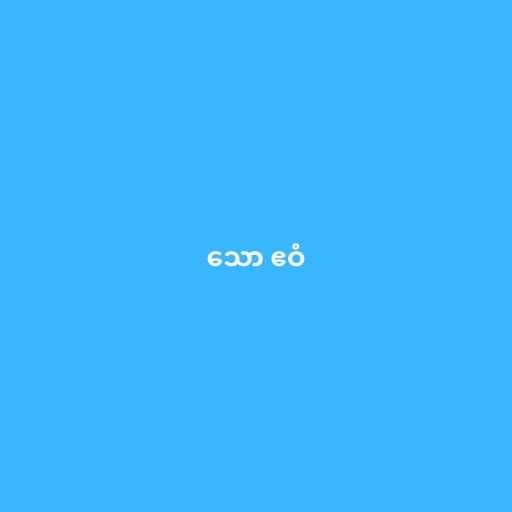
သော ဧဝံ